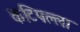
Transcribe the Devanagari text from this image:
कटिपल्ला